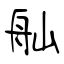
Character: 舢